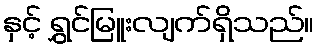
နှင့် ရွှင်မြူးလျက်ရှိသည်။